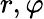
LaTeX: r,\varphi